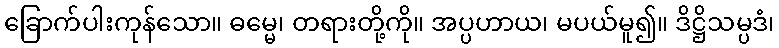
ခြောက်ပါးကုန်သော။ ဓမ္မေ၊ တရားတို့ကို။ အပ္ပဟာယ၊ မပယ်မူ၍။ ဒိဋ္ဌိသမ္ပဒံ၊